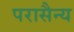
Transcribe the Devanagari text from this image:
परासैन्य